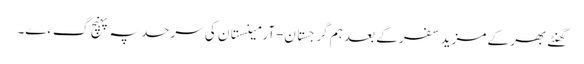
گھنٹے بھر کے مزید سفر کے بعد ہم گرجستان-آرمینستان کی سرحد پہ پہنچ گءے۔